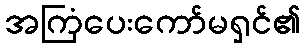
အကြံပေးကော်မရှင်၏